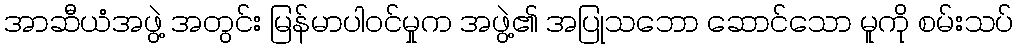
အာဆီယံအဖွဲ့ အတွင်း မြန်မာပါဝင်မှုက အဖွဲ့၏ အပြုသဘော ဆောင်သော မူကို စမ်းသပ်